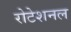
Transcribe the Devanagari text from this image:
रोटेशनल